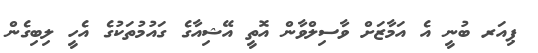
ޕިއަރ ބުނީ އެ އަމާޒަށް ވާސިލްވާން އޮތީ އޭޝިއާގެ ގައުމުތަކުގެ އެހީ ލިބިގެން